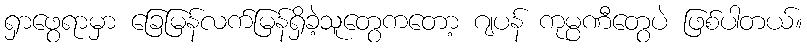
ရှာဖွေရာမှာ ခြေမြန်လက်မြန်ရှိခဲ့သူတွေကတော့ ဂျပန် ကုမ္ပဏီတွေပဲ ဖြစ်ပါတယ်။